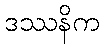
ဒဿနိက